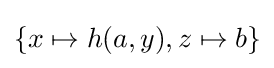
\{x\mapsto h(a,y),z\mapsto b\}